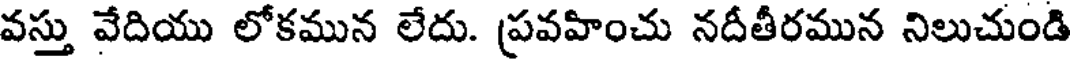
వస్తు వేదియు లోకమున లేదు. ప్రవహించు నదీతీరమున నిలుచుండి